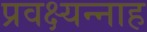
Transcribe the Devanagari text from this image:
प्रवक्ष्यन्नाह